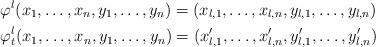
LaTeX: \begin{align*}& \varphi^l(x_1, \dots,x_n,y_1, \dots, y_n) = (x_{l,1}, \dots,x_{l,n},y_{l,1}, \dots,y_{l,n}) \\& \varphi^l_t(x_1, \dots,x_n,y_1, \dots, y_n) = (x_{l,1}', \dots,x_{l,n}',y_{l,1}', \dots,y_{l,n}') \\\end{align*}